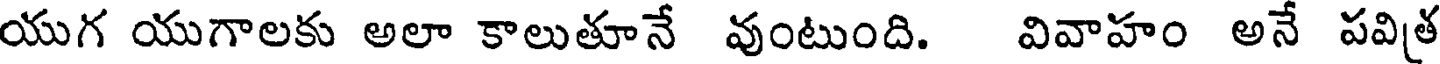
యుగ యుగాలకు అలా కాలుతూనే వుంటుంది. వివాహం అనే పవిత్ర